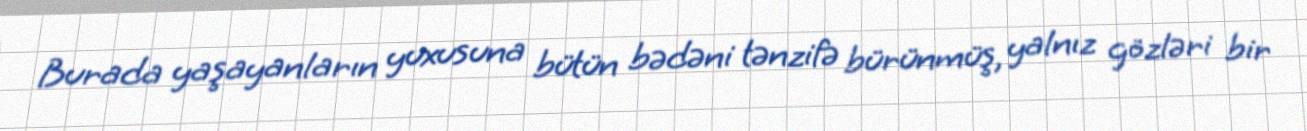
Burada yaşayanların yuxusuna bütün bədəni tənzifə bürünmüş, yalnız gözləri bir